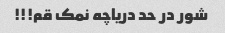
شور در حد دریاچه نمک قم!!!